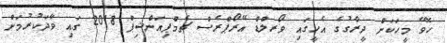
ހޮވޭ މީހަކަށް ދީރާގުގެ އެހީގައި ވޯރލްޑް އޭރޯޕްރެސް ޗެމްޕިއަންޝިޕް 2018 ގައި ވާދަކުރުމަށް